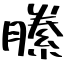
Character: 縢